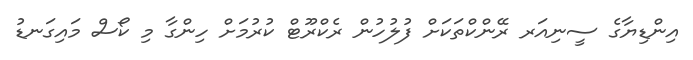
އިންޑިޔާގެ ސީނިއަރ ރޭންކްތަކަށް ފުލުހުން ރެކްރޫޓް ކުރުމަށް ހިންގާ މި ކޯސް މައިގަނޑު